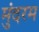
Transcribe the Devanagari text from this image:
मुंदरम